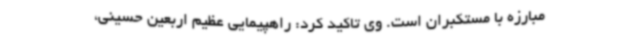
مبارزه با مستکبران است. وی تاکید کرد: راهپیمایی عظیم اربعین حسینی،